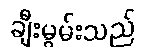
ချီးမွမ်းသည်